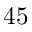
4 5